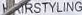
HAIRSTYLING